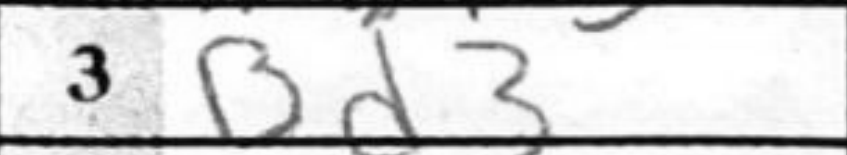
Transcription: Bd3